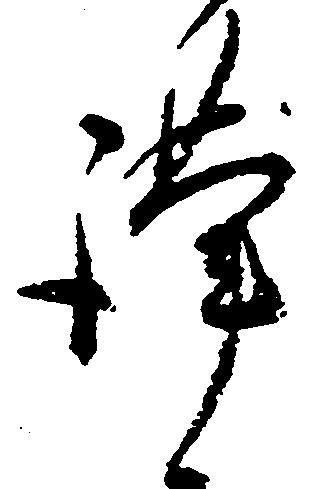
謹